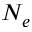
N _ { e }